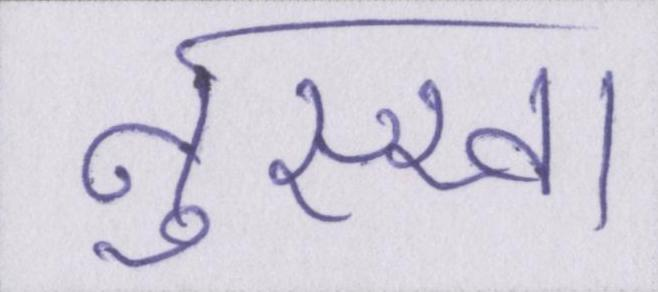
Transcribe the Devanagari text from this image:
नुस्खा